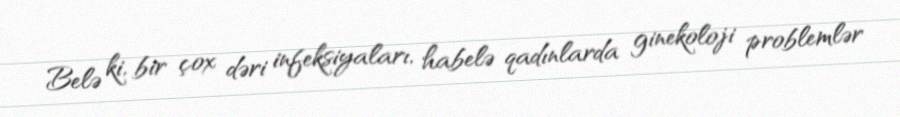
Belə ki, bir çox dəri infeksiyaları, habelə qadınlarda ginekoloji problemlər